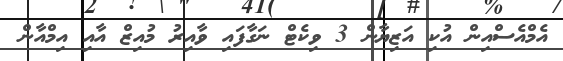
އެމްއެސްއިން އުކި އަޒިޔާން 3 ވިކެޓް ނަގާފައި ވާއިރު މުއިޒް އާއި އިމްއާން